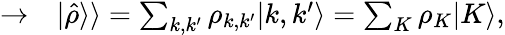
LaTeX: \begin{array}{rl}{\rightarrow}&{{}\vert\hat{\rho}\rangle\rangle=\sum_{k,k^{\prime}}\rho_{k,k^{\prime}}\vert k,k^{\prime}\rangle=\sum_{K}\rho_{K}\vert K\rangle,}\end{array}